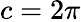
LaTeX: c=2\pi